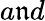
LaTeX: a\mathfrak{n}d